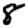
Digit: 8